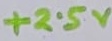
Text: +2.5V